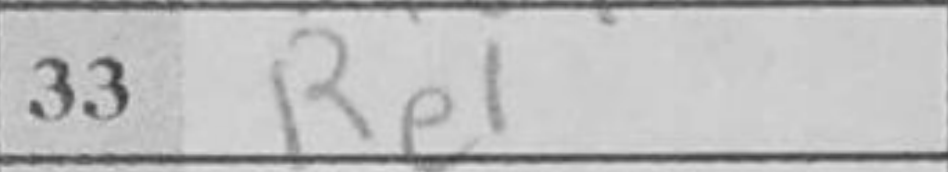
Transcription: Re1